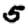
Digit: 5